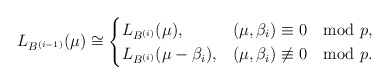
\begin{align*} L_{B^{(i-1)}}(\mu)\cong\begin{cases} L_{B^{(i)}}(\mu), & (\mu,\beta_i)\equiv0 \mod p,\\ L_{B^{(i)}}(\mu-\beta_i), & (\mu,\beta_i)\not\equiv0 \mod p. \end{cases}\end{align*}